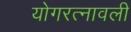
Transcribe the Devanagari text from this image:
योगरत्नावली